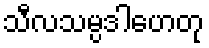
သီလသမ္ပဒါဟေတု